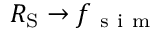
R _ { \mathrm { S } } \rightarrow f _ { \mathrm { ~ s ~ i ~ m ~ } }